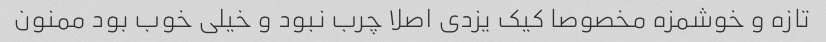
تازه و خوشمزه مخصوصا کیک یزدی اصلا چرب نبود و خیلی خوب بود ممنون